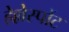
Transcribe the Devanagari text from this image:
हेल्लेस्पोंट